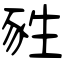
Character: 甤